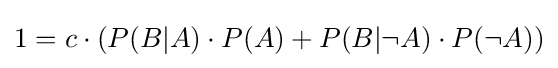
1=c\cdot (P(B|A)\cdot P(A)+P(B|\neg A)\cdot P(\neg A))